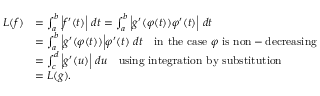
{ \begin{array} { r l } { L ( f ) } & { = \int _ { a } ^ { b } { \Big | } f ^ { \prime } ( t ) { \Big | } \ d t = \int _ { a } ^ { b } { \Big | } g ^ { \prime } ( \varphi ( t ) ) \varphi ^ { \prime } ( t ) { \Big | } \ d t } \\ & { = \int _ { a } ^ { b } { \Big | } g ^ { \prime } ( \varphi ( t ) ) { \Big | } \varphi ^ { \prime } ( t ) \ d t \quad { \mathrm { i n ~ t h e ~ c a s e ~ } } \varphi { \mathrm { ~ i s ~ n o n - d e c r e a s i n g } } } \\ & { = \int _ { c } ^ { d } { \Big | } g ^ { \prime } ( u ) { \Big | } \ d u \quad { \mathrm { u s i n g ~ i n t e g r a t i o n ~ b y ~ s u b s t i t u t i o n } } } \\ & { = L ( g ) . } \end{array} }